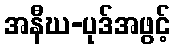
အနီဃ-ပုဒ်အဖွင့်